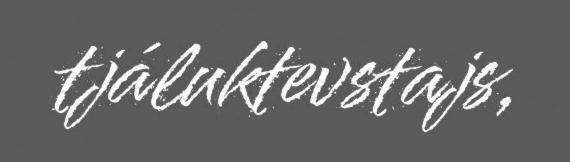
tjáluktevstajs,